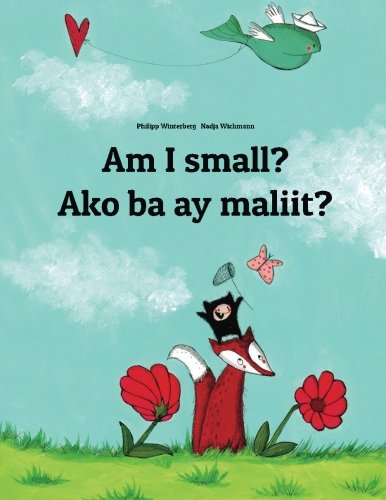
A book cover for Am I small? Ako ba ay maliit?: Children's Picture Book English-Tagalog (Bilingual Edition); Philipp Winterberg; Children's Books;